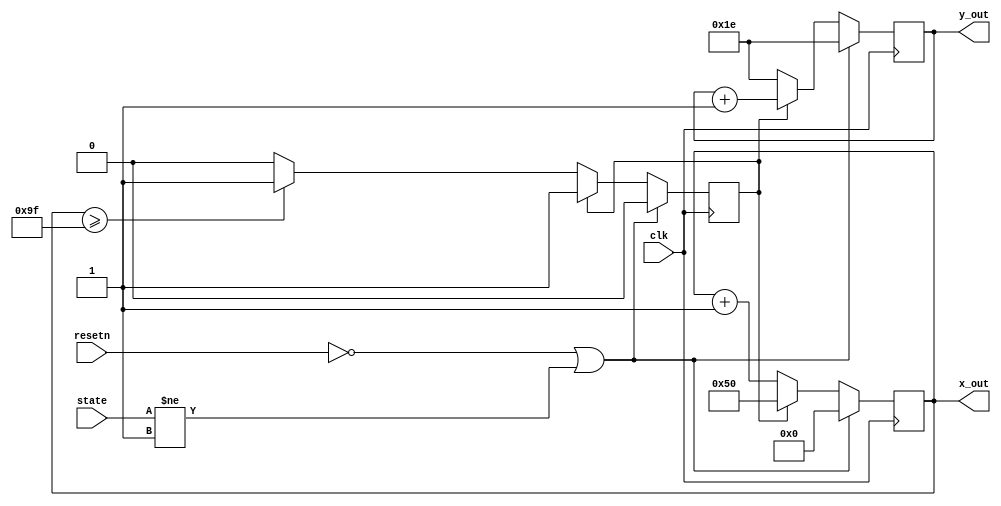
module ui(input clk, input resetn, input [2:0] state, output reg [7:0] x_out, output reg [6:0] y_out);

	reg horizontal_done;
	
	always@(posedge clk)
	begin
		if (!resetn || state != 3'd1) begin // active low reset
			x_out <= 8'b0;
			y_out <= 7'd30; // some constant for start of horizontal line
			horizontal_done <= 1'b0;
		end else if (!horizontal_done) begin
			x_out <= x_out + 1'b1; // draw horizontal line
			y_out <= 7'd30;
			if (x_out >= 8'd159)
				horizontal_done <= 1'b1;
		end else begin
			x_out <= 8'd80;
			y_out <= y_out + 1'b1; // draw vertical line
		end
	end
endmodule